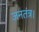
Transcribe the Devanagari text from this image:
जनतंत्र।